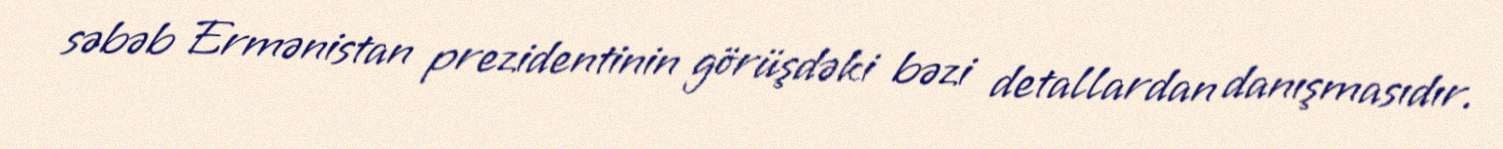
səbəb Ermənistan prezidentinin görüşdəki bəzi detallardan danışmasıdır.